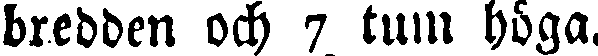
bredden och 7 tum höga.